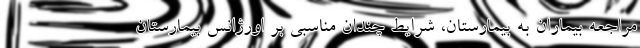
مراجعه بیماران به بیمارستان، شرایط چندان مناسبی بر اورژانس بیمارستان